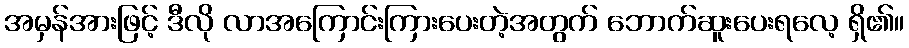
အမှန်အားဖြင့် ဒီလို လာအကြောင်းကြားပေးတဲ့အတွက် ဘောက်ဆူးပေးရလေ့ ရှိ၏။